Annual report on the health of the army in India
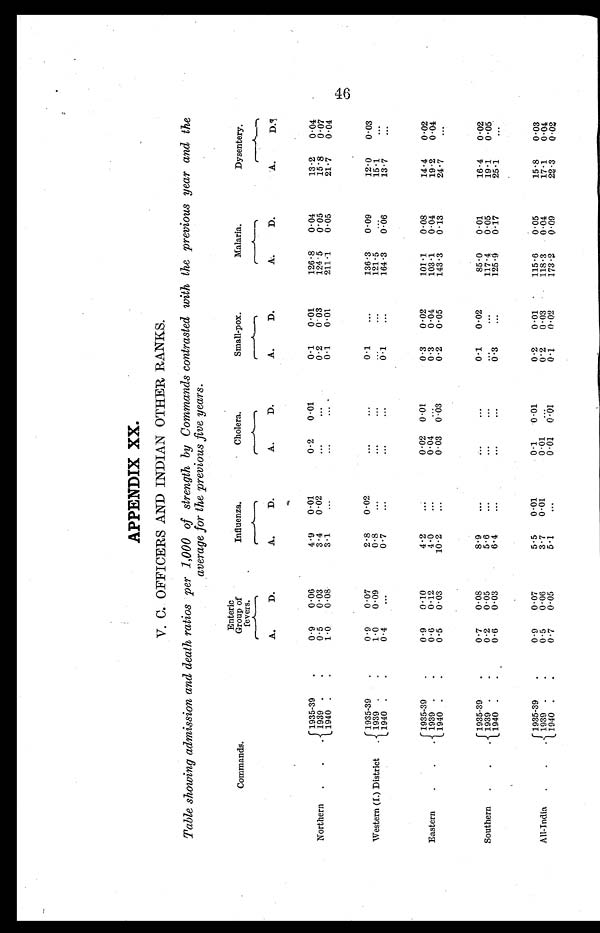
APPENDIX XX.
V. C. OFFICERS AND INDIAN OTHER RANKS.
Table showing admission and death ratios per 1,000 of strength by Commands contrasted with the previous year and the
average for the previous five years.
Commands.
Enteric
Group of
fevers.
Influenza.
Cholera.
Small-pox.
Malaria.
Dysentery.
A.
D.
A.
D.
A.
D.
A.
D.
A.
D.
A.
D.
Northern.
1935-39
0.9 0.06
4.9 0.01
0.2 0.01
0.1 0.01
126.8 0.04
13.2 0.04
1939 .
.
0.5 0.03
3.4 0.02
...
...
0.2 0.03
124.5 0.05
15.8 0.07
1940 . .
1.0 0.08
3.1
...
...
... .
0.1 0.01
211.1 0.05
21.7 0.04
Western (I.) District.
1935-39
.
0.9 0.07
2.8 0.02
...
...
0.1
...
136.3 0.09
12.0 0.03
1939 . .
1.0 0.09
0.8
...
...
...
...
...
121.5
...
15.1
...
1940 . .
0.4
...
0.7
...
...
...
0.1
...
164.3 0.06
13.7
...
Eastern
. . .
1935-39
.
0.9 0.10
4.2
...
0.02 0.01
0.3 0.02
101.1 0.08
14.4 0.02
1939. .
0.6 0.12
4.0
...
0.04 ...
0.3 0.04
103.1 0.04
19.2 0.04
1940 .
.
0.5 0.03
10.2
...
0.03 0.03
0.2 0.05
143.3 0.13
24.7
...
Southern .
.
1935-39
.
0.7 0.08
8.9
...
...
...
0.1 0.02
85.0 0.01
16.4 0.02
1939. .
0.2 0.05
5.6
...
...
...
...
...
117.4 0.05
19.1 0.05
1940 .
.
0.6 0.03
6 . 4 ...
...
...
0.3
...
125.9 0.17
25.1
...
All-India . . .
1935-39
.
0.9 0.07
5.5 0.01
0.1 0.01
0.2 0.01
115.6 0.05
15.8 0.03
1939 .
.
0.5 0.06
3.7 0.01
0.01 ...
0.2 0.03
118.3 0.04
17.1 0.04
1940.
.
0.7 0.05
5.1
...
0 . 0 1
0.01
0.1
0.02
173.2
0.09
22.3 0.02
46